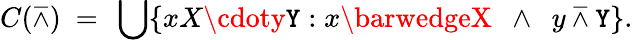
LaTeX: C(\barwedge)\ =\ \bigcup\{ xX\cdoty\mathtt{Y}:x\barwedgeX\ \ \land\ \ y\barwedge\mathtt{Y}\} .